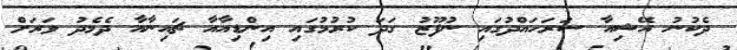
ދެކުނު އޭޝިއާ ސަރަހައްދުގައި ނުފޫޒު ގަދަ ކުރުމުގައި އިންޑިއާއާ ޗައިނާއާ ދެމެދު ވަރަށް